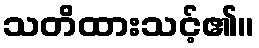
သတိထားသင့်၏။